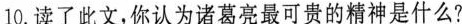
10.读了此文，你认为诸葛亮最可贵的精神是什么?